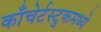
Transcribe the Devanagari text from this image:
काँचेर्टस्टुकमध्ये